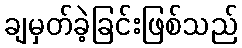
ချမှတ်ခဲ့ခြင်းဖြစ်သည်